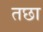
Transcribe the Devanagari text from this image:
तछा